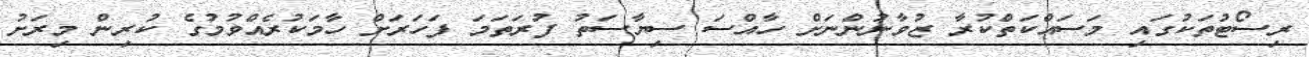
ރިސޯޓުތަކުގައި މަސައްކަތްކުރާ ޒުވާނުންނަށް ހާއްސަ ސިޔާސަތު ފުރަތަމަ ފަހަރަށް ހާމަކުރެއްވުމުގެ ކުރިން މިރަށު